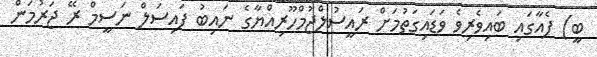
ބީ) ފެއާގައި ބައިވެރިވެ ވަޑައިގަތުމަށް ރައީސުލްޖުމްހޫރިއްޔާގެ ނައިބު ފައިސަލް ނަސީމް ރޭ ޖަރުމަން